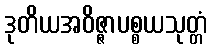
ဒုတိယအဝိဇ္ဇာပစ္စယသုတ္တံ